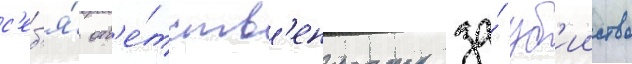
с'еб'я́ отв'е́тств'енность за́ уб'ииство